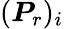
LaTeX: (\boldsymbol{P}_{r})_{i}